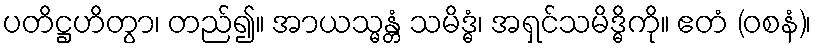
ပတိဋ္ဌဟိတွာ၊ တည်၍။ အာယသ္မန္တံ သမိဒ္ဓံ၊ အရှင်သမိဒ္ဓိကို။ ဧတံ (ဝစနံ)၊